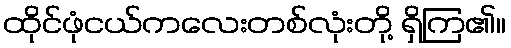
ထိုင်ဖုံငယ်ကလေးတစ်လုံးတို့ ရှိကြ၏။